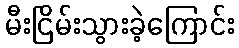
မီးငြိမ်းသွားခဲ့ကြောင်း